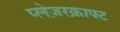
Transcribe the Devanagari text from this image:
प्लेज़रक्राफ्ट